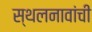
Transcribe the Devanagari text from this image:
स्थलनावांची